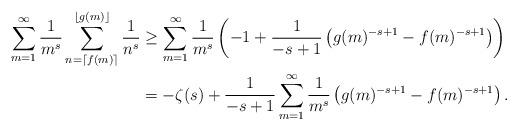
LaTeX: \begin{align*}\sum_{m=1}^\infty\frac{1}{m^s}\sum_{n = \lceil f(m) \rceil}^{\lfloor g(m) \rfloor}\frac{1}{n^s}&\geq\sum_{m=1}^\infty\frac{1}{m^s}\left(-1+\frac{1}{-s+1}\left(g(m)^{-s+1} - f(m)^{-s+1}\right)\right)\\&=-\zeta(s)+\frac{1}{-s+1}\sum_{m=1}^\infty\frac{1}{m^s}\left(g(m)^{-s+1} - f(m)^{-s+1}\right).\end{align*}